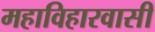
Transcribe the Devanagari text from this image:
महाविहारवासी